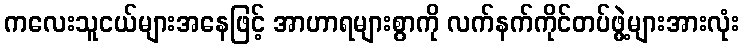
ကလေးသူငယ်များအနေဖြင့် အာဟာရများစွာကို လက်နက်ကိုင်တပ်ဖွဲ့များအားလုံး